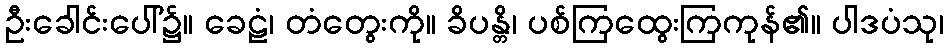
ဦးခေါင်းပေါ်၌။ ခေဠံ၊ တံတွေးကို။ ခိပန္တိ၊ ပစ်ကြထွေးကြကုန်၏။ ပါဒပံသု၊